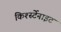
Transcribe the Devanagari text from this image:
किर्श्स्टेनाइट